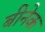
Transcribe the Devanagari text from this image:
बीनेक